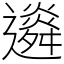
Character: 䢯